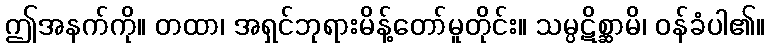
ဤအနက်ကို။ တထာ၊ အရှင်ဘုရားမိန့်တော်မူတိုင်း။ သမ္ပဋိစ္ဆာမိ၊ ဝန်ခံပါ၏။